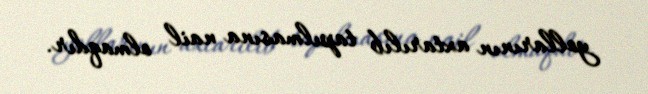
yollarının axtarılıb tapılmasına nail olmaqdır.